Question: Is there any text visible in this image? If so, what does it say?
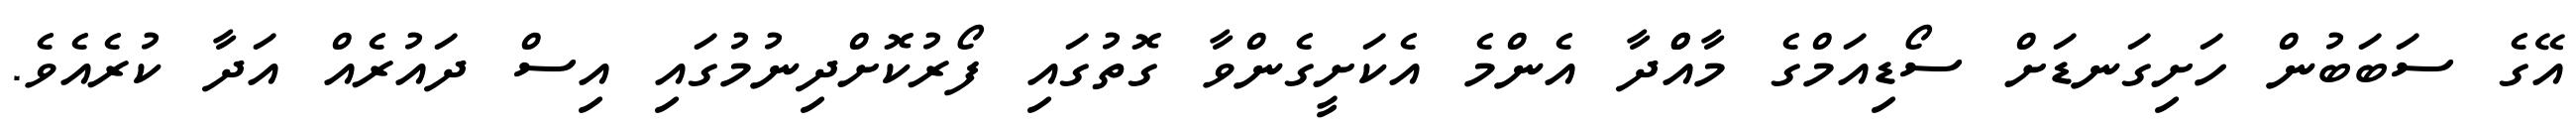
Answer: އޭގެ ސަބަބުން ހަށިގަނޑަށް ސޯޑިއަމްގެ މާއްްދާ އެންމެ އެކަށީގެންވާ ގޮތުގައި ފޯރުކޮށްދިނުމުގައި އިސް ދައުރެއް އަދާ ކުރެއެވެ.